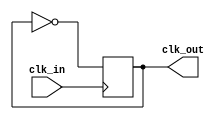
`timescale 1ns / 1ps

module clock_divider(
    input clk_in, 
    output reg clk_out = 0
    );
    
    always @(posedge clk_in)
    begin
        clk_out <= ~clk_out;
    end
    
endmodule